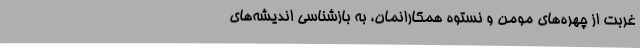
غربت از چهره‌های مومن و نستوه همکارانمان، به بازشناسی اندیشه‌های